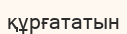
құрғататын